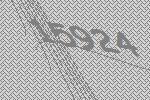
15924